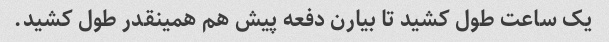
یک ساعت طول کشید تا بیارن دفعه پیش هم همینقدر طول کشید.